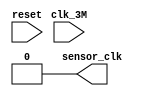
`timescale 1ns / 1ps
//////////////////////////////////////////////////////////////////////////////////
// Company: 
// Engineer: 
// 
// Design Name: 
// Module Name:    sensor_clk_divider 
// Project Name: 
// Target Devices: 
// Tool versions: 
// Description: 
//
// Dependencies: 
//
// Revision: 
// Revision 0.01 - File Created
// Additional Comments: 
//
//////////////////////////////////////////////////////////////////////////////////
module sensor_clk_divider(
    input clk_3M,
	 input reset,
    output sensor_clk
    );
	reg [5:0]cntr = 0;
	
	assign sensor_clk = (cntr == 19);
	
	//Asynchronous Reset
	always @(posedge reset)
		cntr <= 0;
	
	//Divide 3.125MHz clock to 31.25KHz
	always @(posedge clk_3M)
		if (cntr == 6'd19)
			cntr <= 0;
		else
			cntr <= cntr + 1'b1;

endmodule